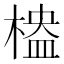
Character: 𣖮